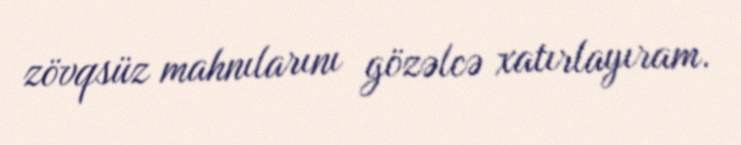
zövqsüz mahnılarını gözəlcə xatırlayıram.